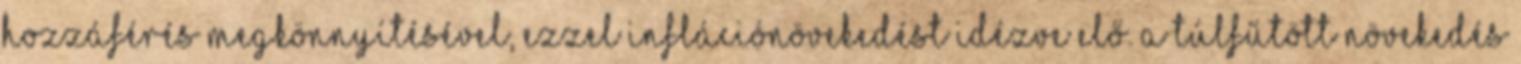
hozzáférés megkönnyítésével, ezzel inflációnövekedést idézve elő. A túlfűtött növekedés